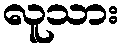
လူသား